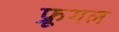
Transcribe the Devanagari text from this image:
फ्रूगल